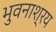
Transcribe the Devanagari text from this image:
भुवनाश्रय